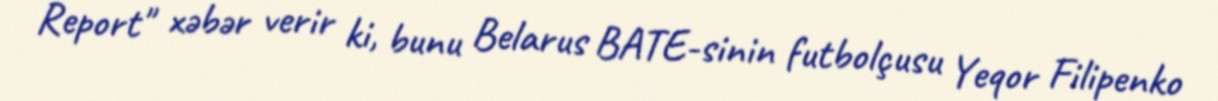
Report" xəbər verir ki, bunu Belarus BATE-sinin futbolçusu Yeqor Filipenko